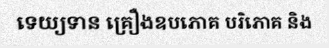
ទេយ្យទាន គ្រឿងឧបភោគ បរិភោគ និង